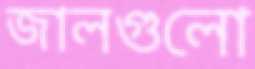
জালগুলো